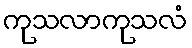
ကုသလာကုသလံ